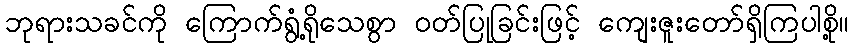
ဘုရားသခင်ကို ကြောက်ရွံ့ရိုသေစွာ ဝတ်ပြုခြင်းဖြင့် ကျေးဇူးတော်ရှိကြပါစို့။